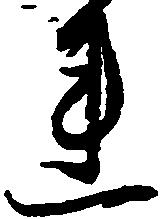
連